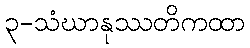
၃-သံဃာနုဿတိကထာ